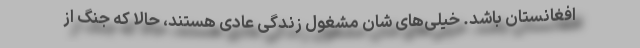
افغانستان باشد. خیلی‌های شان مشغول زندگی عادی هستند، حالا که جنگ از